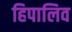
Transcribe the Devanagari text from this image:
हिपालिव